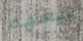
بيعهم